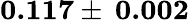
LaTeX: \textbf{0.117}\pm\: \textbf{0.002}